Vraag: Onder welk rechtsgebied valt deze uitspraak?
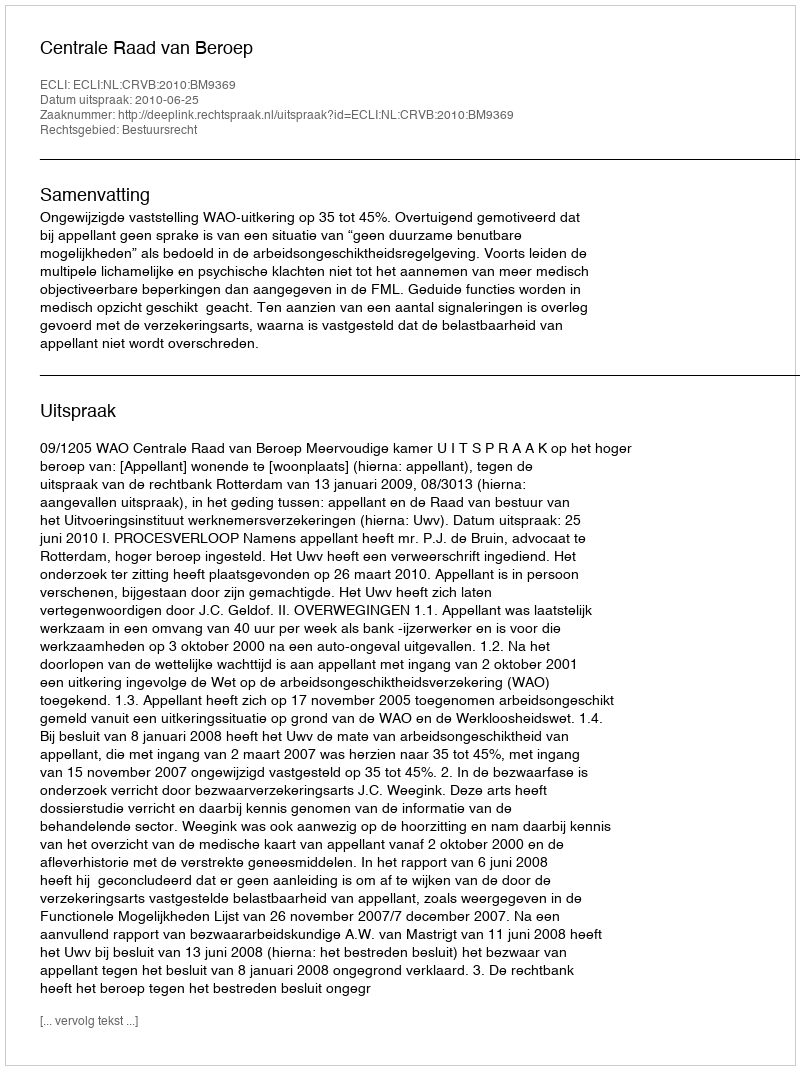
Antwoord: Bestuursrecht